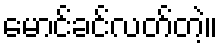
မောင်ခင်လတ်တဲ့။